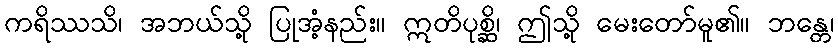
ကရိဿသိ၊ အဘယ်သို့ ပြုအံ့နည်း။ ဣတိပုစ္ဆိ၊ ဤသို့ မေးတော်မူ၏။ ဘန္တေ၊